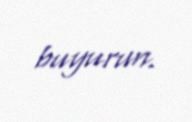
buyurun.